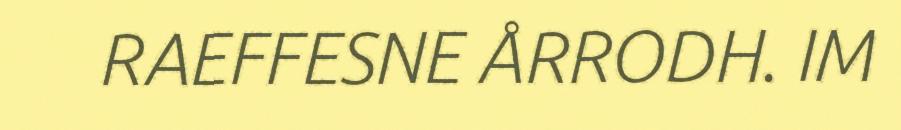
RAEFFESNE ÅRRODH. IM